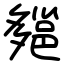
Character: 郺